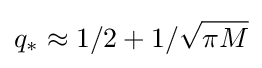
q_{*}\approx 1/2+1/{\sqrt {\pi M}}